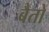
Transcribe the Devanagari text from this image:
बैतों